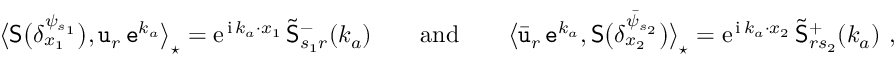
\begin{array} { r } { \big \langle \mathsf { S } \big ( \delta _ { x _ { 1 } } ^ { \psi _ { s _ { 1 } } } \big ) , \mathtt { u } _ { r } \, \mathtt { e } ^ { k _ { a } } \big \rangle _ { \star } = { \mathrm { e } } ^ { \, { \mathrm { i } } \, k _ { a } \cdot x _ { 1 } } \, \tilde { \mathsf { S } } _ { s _ { 1 } r } ^ { - } ( k _ { a } ) \qquad \mathrm { a n d } \qquad \big \langle \bar { \mathtt { u } } _ { r } \, \mathtt { e } ^ { k _ { a } } , \mathsf { S } \big ( \delta _ { x _ { 2 } } ^ { \bar { \psi } _ { s _ { 2 } } } \big ) \big \rangle _ { \star } = { \mathrm { e } } ^ { \, { \mathrm { i } } \, k _ { a } \cdot x _ { 2 } } \, \tilde { \mathsf { S } } _ { r s _ { 2 } } ^ { + } ( k _ { a } ) \ , } \end{array}